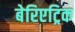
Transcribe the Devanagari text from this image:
बेरिएट्रिक